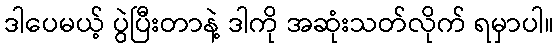
ဒါပေမယ့် ပွဲပြီးတာနဲ့ ဒါကို အဆုံးသတ်လိုက် ရမှာပါ။